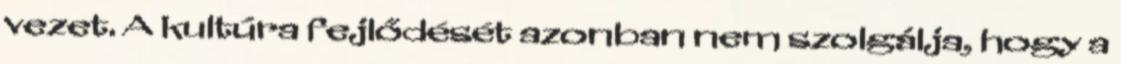
vezet. A kultúra fejlődését azonban nem szolgálja, hogy a